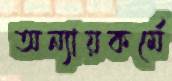
অন্যায়কর্মে